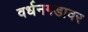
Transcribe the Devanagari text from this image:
वर्धनगडावर